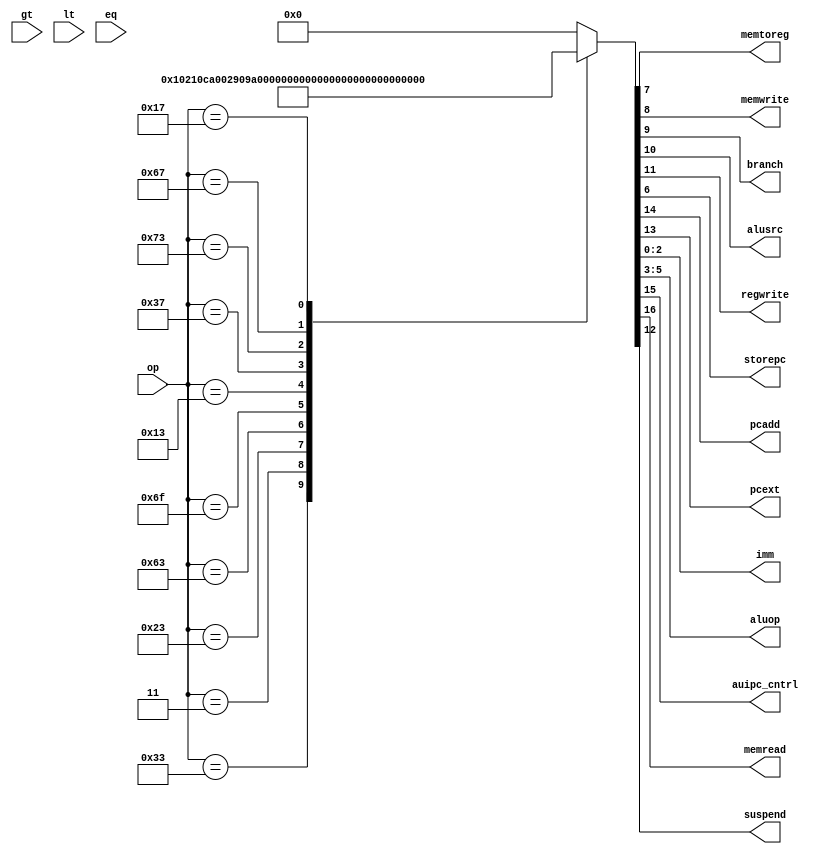
// This program was cloned from: https://github.com/NYU-MLDA/OpenABC
// License: BSD 3-Clause "New" or "Revised" License

module maindec (input  [6:0] op,
		output 	     memtoreg, memwrite,
		output 	     branch, alusrc,
		output 	     regwrite,
		output 	     storepc,
		output 	     pcadd,
		output 	     pcext,
		output [2:0] imm,
		output [2:0] aluop,
		output 	     auipc_cntrl,
		output 	     memread,
                input 	     gt, lt, eq,
		output 	     suspend);
   
   reg [16:0] 		     controls;

   assign {memread, auipc_cntrl, pcadd, pcext, suspend, regwrite, alusrc,
           branch, memwrite,
           memtoreg, storepc, aluop, imm} = controls;

   always @(*)
     case(op)
       7'b011_0011: controls <= 17'b00000100_000_010_000; // R
       7'b000_0011: controls <= 17'b10000110_010_100_000; // LW
       7'b010_0011: controls <= 17'b00000010_100_100_001; // SW
       7'b110_0011: controls <= 17'b00110011_000_000_010; // BXX
       7'b110_1111: controls <= 17'b00110110_001_000_011; // JAL/J
       7'b001_0011: controls <= 17'b00000110_000_000_000; // ADDI/ORI
       7'b011_0111: controls <= 17'b00000110_000_000_100; // LUI
       7'b111_0011: controls <= 17'b00001000_000_000_000; // ecall/ebreak
       7'b110_0111: controls <= 17'b00000110_001_000_000; // JALR/JR
       7'b001_0111: controls <= 17'b01100110_000_000_100; // AUIPC
       default:     controls <= 17'b00000000_000_000_000; // default
     endcase // case (op)
   
endmodule